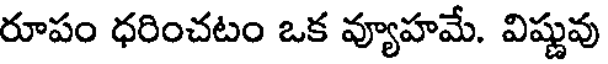
రూపం ధరించటం ఒక వ్యూహమే. విష్ణువు